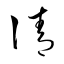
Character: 請